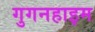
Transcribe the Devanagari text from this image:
गुगनहाइम